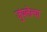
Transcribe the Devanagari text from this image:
जुंपलेल्या